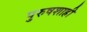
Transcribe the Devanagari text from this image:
पुरुषशाही